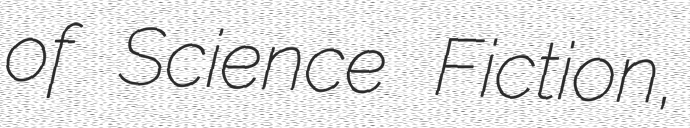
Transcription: of Science Fiction,